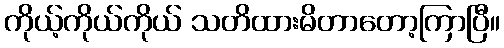
ကိုယ့်ကိုယ်ကိုယ် သတိထားမိတာတော့ကြာပြီ။